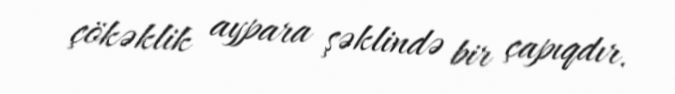
çökəklik aypara şəklində bir çapıqdır.